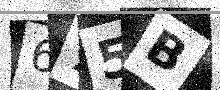
Text: 675B